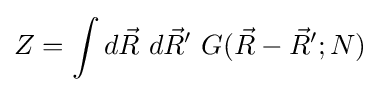
Z=\int d{\vec {R}}~d{\vec {R}}'~G({\vec {R}}-{\vec {R}}';N)